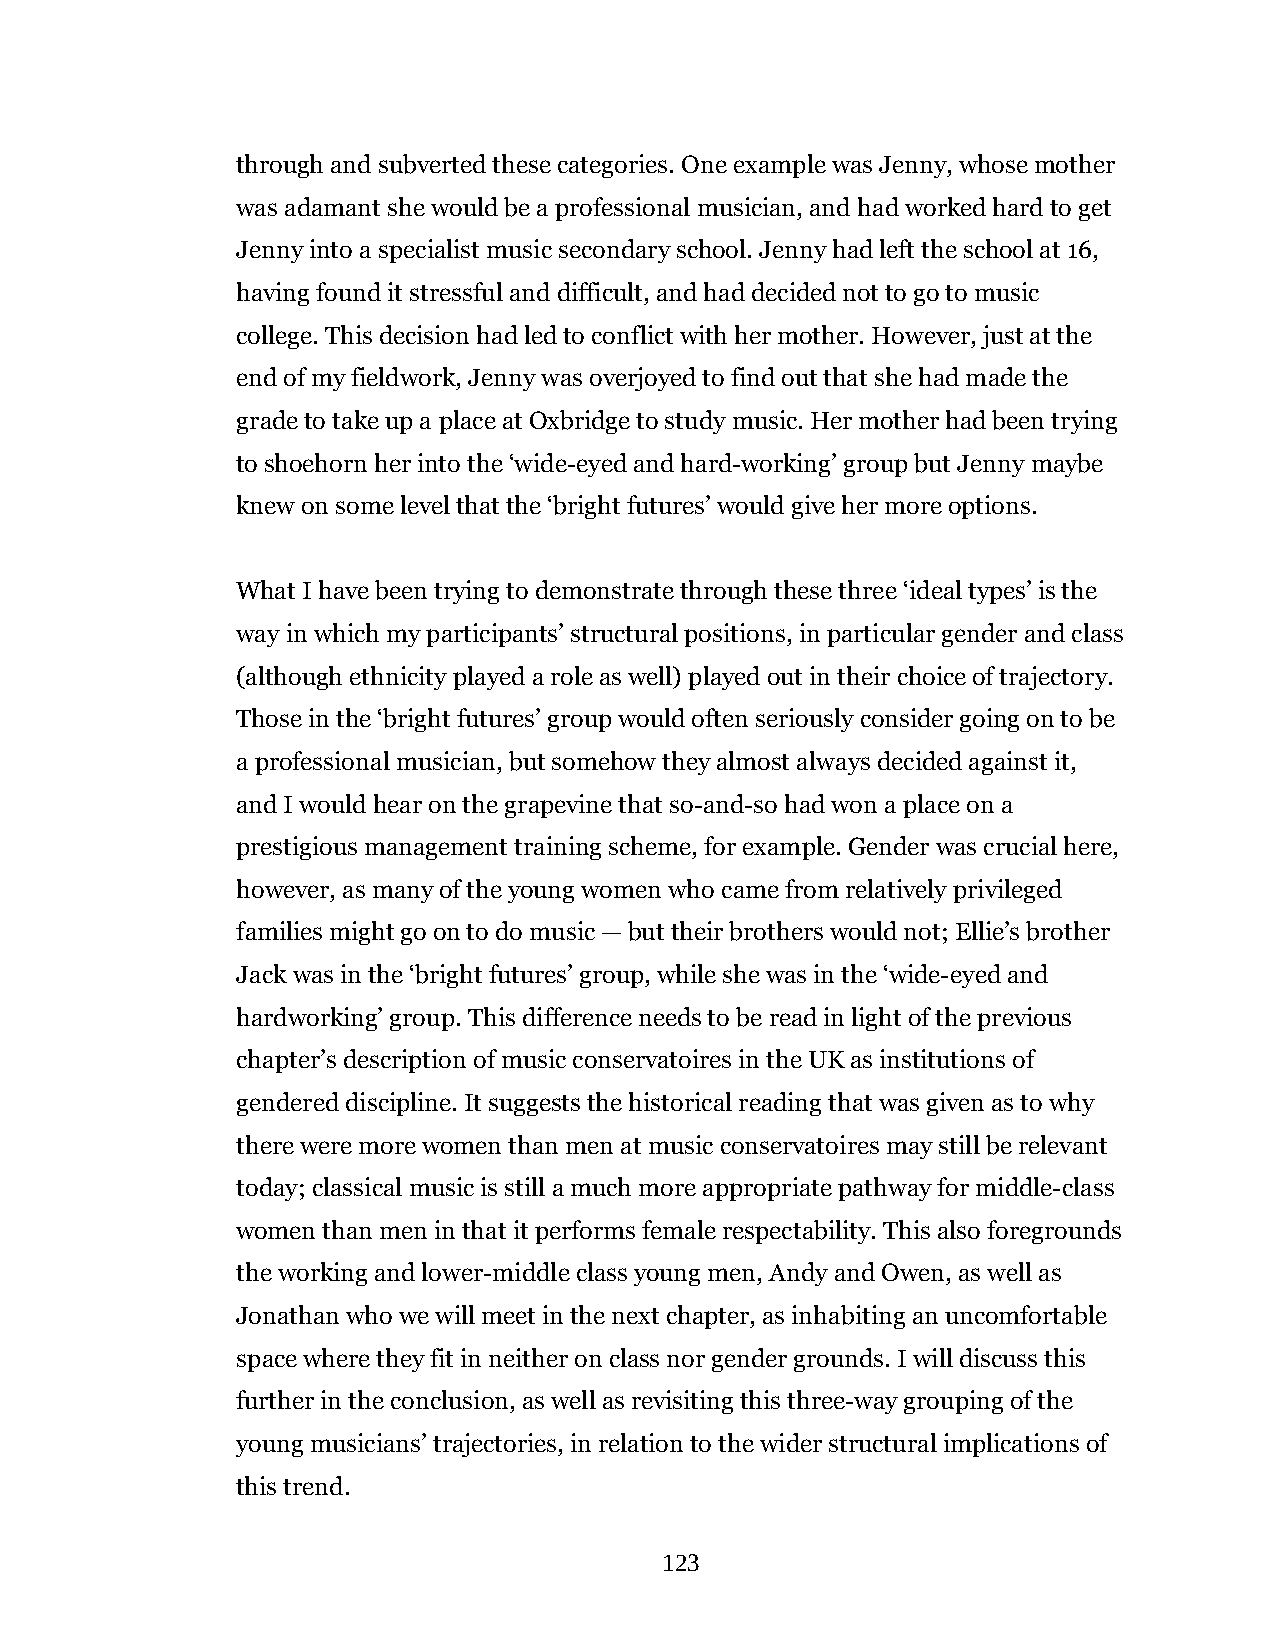
through and subverted these categories. One example was Jenny, whose mother
 was adamant she would be a professional musician, and had worked hard to get
 Jenny into a specialist music secondary school. Jenny had left the school at 16,
 having found it stressful and difficult, and had decided not to go to music
 college. This decision had led to conflict with her mother. However, just at the
 end of my fieldwork, Jenny was overjoyed to find out that she had made the
 grade to take up a place at Oxbridge to study music. Her mother had been trying
 to shoehorn her into the ‘wide-eyed and hard-working’ group but Jenny maybe
 knew on some level that the ‘bright futures’ would give her more options.
 What I have been trying to demonstrate through these three ‘ideal types’ is the
 way in which my participants’ structural positions, in particular gender and class
 (although ethnicity played a role as well) played out in their choice of trajectory.
 Those in the ‘bright futures’ group would often seriously consider going on to be
 a professional musician, but somehow they almost always decided against it,
 and I would hear on the grapevine that so-and-so had won a place on a
 prestigious management training scheme, for example. Gender was crucial here,
 however, as many of the young women who came from relatively privileged
 families might go on to do music — but their brothers would not; Ellie’s brother
 Jack was in the ‘bright futures’ group, while she was in the ‘wide-eyed and
 hardworking’ group. This difference needs to be read in light of the previous
 chapter’s description of music conservatoires in the UK as institutions of
 gendered discipline. It suggests the historical reading that was given as to why
 there were more women than men at music conservatoires may still be relevant
 today; classical music is still a much more appropriate pathway for middle-class
 women than men in that it performs female respectability. This also foregrounds
 the working and lower-middle class young men, Andy and Owen, as well as
 Jonathan who we will meet in the next chapter, as inhabiting an uncomfortable
 space where they fit in neither on class nor gender grounds. I will discuss this
 further in the conclusion, as well as revisiting this three-way grouping of the
 young musicians’ trajectories, in relation to the wider structural implications of
 this trend.
 123